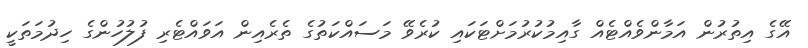
އޭގެ އިތުރުން އަމާންވެއްޓެއް ގާއިމުކުރުމަށްޓަކައި ކުރެވޭ މަސައްކަތުގެ ތެރެއިން އަވައްޓެރި ފުލުހުންގެ ހިދުމަތަކީ